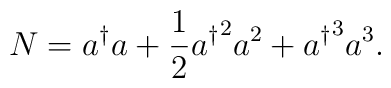
N = a^{\dagger} a + \frac{1}{2}{ a^{\dagger} }^2 a^2+  { a^{\dagger} }^3 a^3.